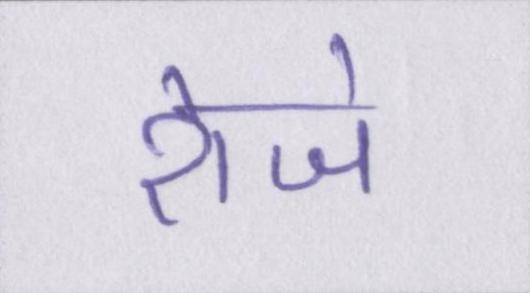
रोजे